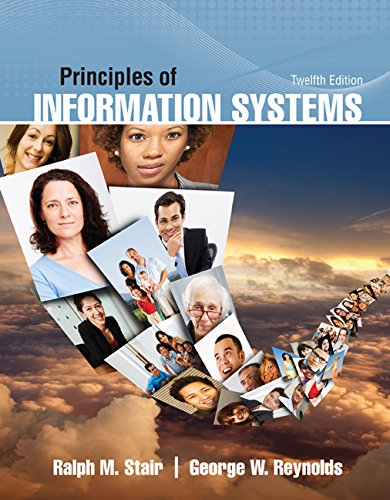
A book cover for Principles of Information Systems; Ralph Stair; Computers & Technology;